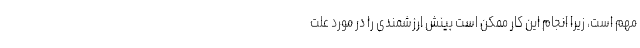
مهم است، زیرا انجام این کار ممکن است بینش ارزشمندی را در مورد علت